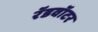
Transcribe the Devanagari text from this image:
रॅडवॉटर